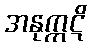
အနုက္ကဋိ